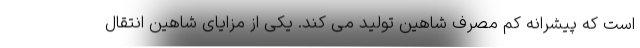
است که پیشرانه کم مصرف شاهین تولید می کند. یکی از مزایای شاهین انتقال